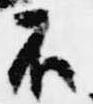
不